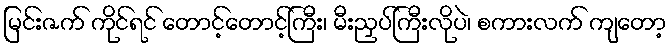
မြင်းဇက် ကိုင်ရင် တောင့်တောင့်ကြီး၊ မီးညှပ်ကြီးလိုပဲ၊ စကားလက် ကျတော့